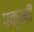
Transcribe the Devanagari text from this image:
पक्खी